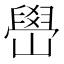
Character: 嶨